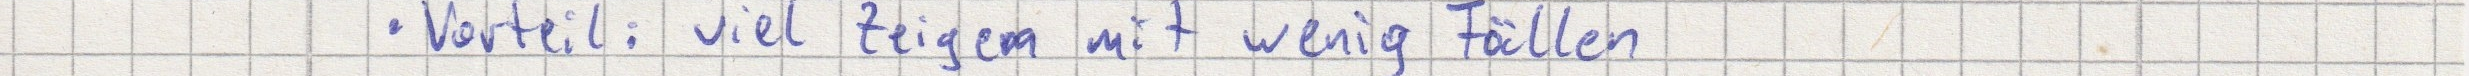
Vorteil: viel Zeigen mit wenig Fällen